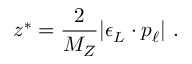
z ^ { * } = { \frac { 2 } { M _ { Z } } } | \epsilon _ { L } \cdot p _ { \ell } | \ .